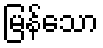
မြန်သော